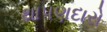
થાપણદારો